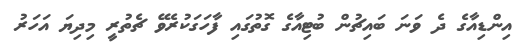
އިންޑިއާގެ ދެ ވަނަ ބައިޗުން ބުޓިއާގެ ގޮތުގައި ފާހަގަކުރެވޭ ޗެތުރީ މިދިޔަ އަހަރު